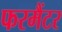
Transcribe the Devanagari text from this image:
फरमैंटर